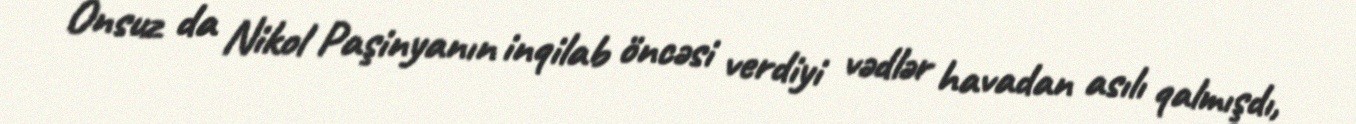
Onsuz da Nikol Paşinyanın inqilab öncəsi verdiyi vədlər havadan asılı qalmışdı,